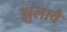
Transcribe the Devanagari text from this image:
झुलावै